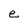
Character: e